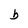
Character: b